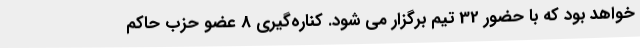
خواهد بود که با حضور 32 تیم برگزار می شود. کناره‌گیری 8 عضو حزب حاکم